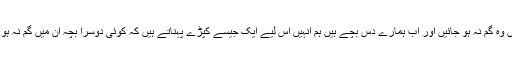
کہ کہیں وہ گم نہ ہو جائیں اور اب ہمارے دس بچے ہیں ہم انہیں اس لیے ایک جیسے کپڑے پہناتے ہیں کہ کوئی دوسرا بچہ ان میں گم نہ ہو جائے۔